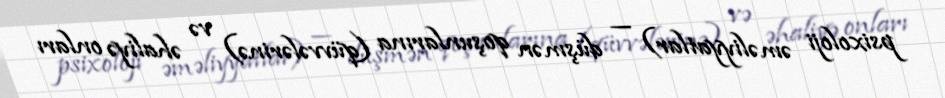
psixoloji əməliyyatlar) — düşmən qoşunlarına (qüvvələrinə) və əhaliyə onları